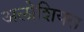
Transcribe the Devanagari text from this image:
अलोशियस